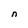
Character: n